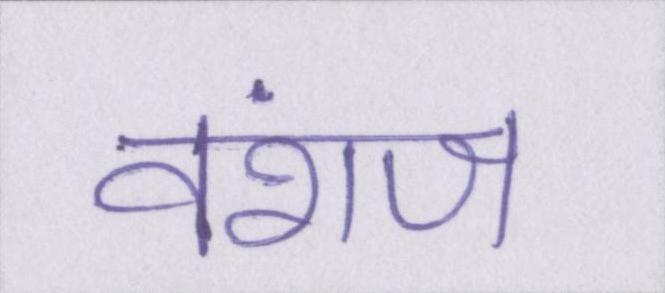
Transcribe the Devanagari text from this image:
वंशज